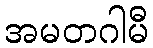
အမတဂါမီ